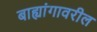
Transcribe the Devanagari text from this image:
बाह्यांगावरील